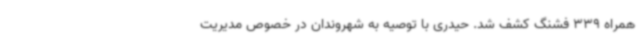
همراه 339 فشنگ کشف شد. حیدری با توصیه به شهروندان در خصوص مدیریت